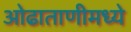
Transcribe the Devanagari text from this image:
ओढाताणीमध्ये